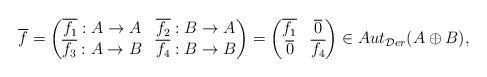
LaTeX: \begin{align*}\overline{f}=\begin{pmatrix}\overline{f_1}:A\rightarrow A&\overline{f_2}:B\rightarrow A \\ \overline{f_3}:A\rightarrow B&\overline{f_4}:B\rightarrow B\end{pmatrix} = \begin{pmatrix}\overline{f_1} & \overline{0} \\\overline{0} & \overline{f_4}\end{pmatrix}\in Aut_{\mathcal{D}er}(A\oplus B),\end{align*}